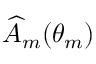
\widehat { A } _ { m } ( \theta _ { m } )